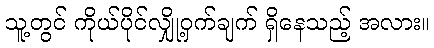
သူ့တွင် ကိုယ်ပိုင်လျှို့ဝှက်ချက် ရှိနေသည့် အလား။